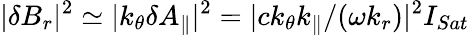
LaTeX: \lvert\delta B_{r}\rvert^{2}\simeq\lvert k_{\theta}\delta A_{\parallel}\rvert^{2}=\lvert ck_{\theta}k_{\parallel}/(\omega k_{r})\rvert^{2}I_{Sat}